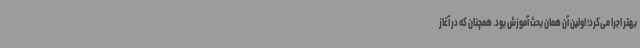
بهتر اجرا می‌کرد؛ اولین آن همان بحث آموزش بود. همچنان که در آغاز